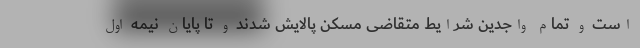
است و تمام واجدین شرایط متقاضی مسکن پالایش شدند و تا پایان نیمه اول